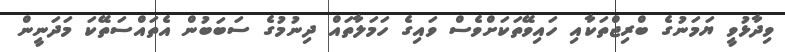
ވިދާޅުވީ ޔަމަނުގެ ބްރިޖްތަކާއި ހައިވޭތަކަށްވެސް ވައިގެ ހަމަލާތައް ދިނުމުގެ ސަބަބުން އެތައްސަތޭކަ މަދަނީން